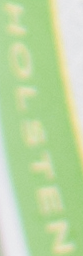
HOLSTEN